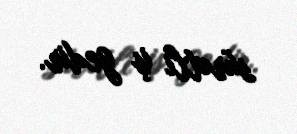
sürətli iş gedir.